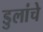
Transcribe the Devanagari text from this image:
डुलांचे